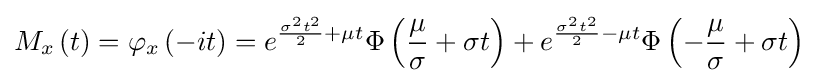
M_{x}\left(t\right)=\varphi _{x}\left(-it\right)=e^{{\frac {\sigma ^{2}t^{2}}{2}}+\mu t}\Phi \left({\frac {\mu }{\sigma }}+\sigma t\right)+e^{{\frac {\sigma ^{2}t^{2}}{2}}-\mu t}\Phi \left(-{\frac {\mu }{\sigma }}+\sigma t\right)